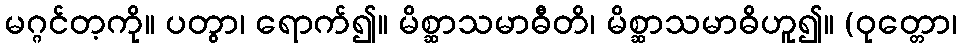
မဂ္ဂင်တ့ကို။ ပတွာ၊ ရောက်၍။ မိစ္ဆာသမာဓီတိ၊ မိစ္ဆာသမာဓိဟူ၍။ (ဝုတ္တော၊